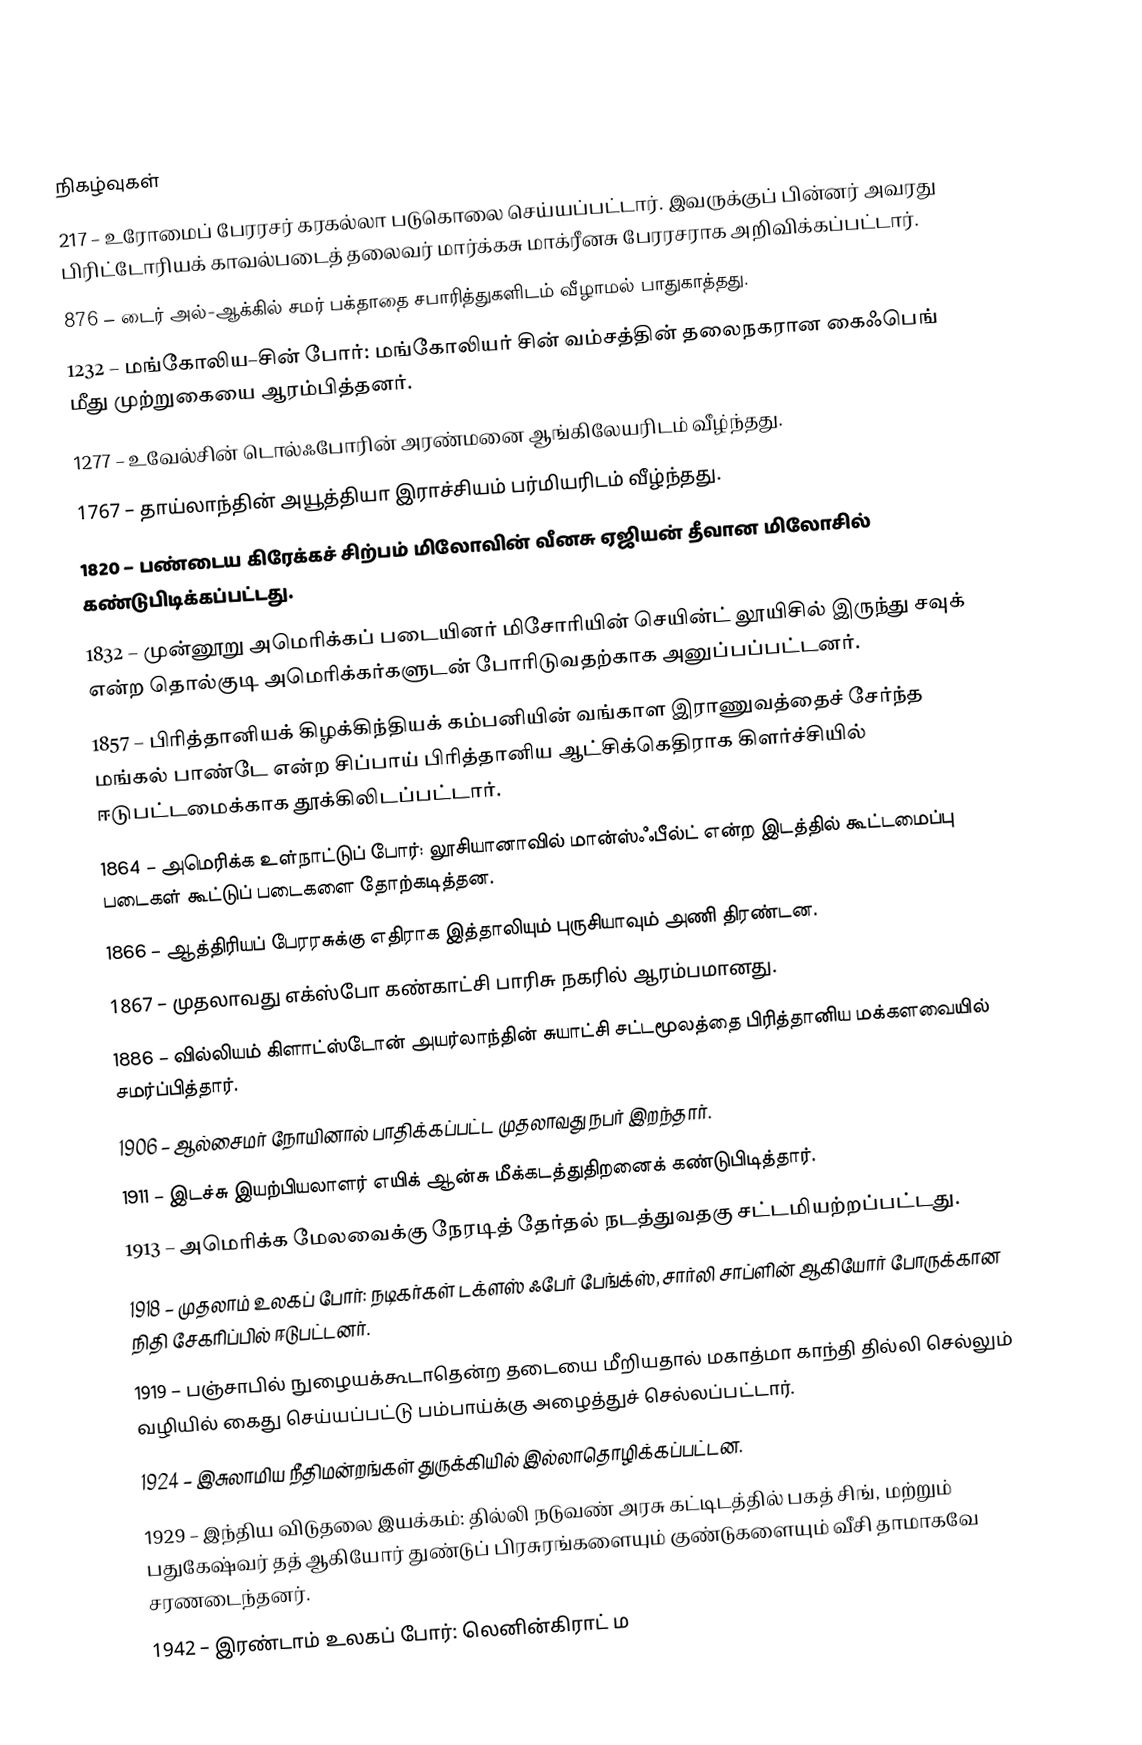

நிகழ்வுகள்
 217 – உரோமைப் பேரரசர் கரகல்லா படுகொலை செய்யப்பட்டார். இவருக்குப் பின்னர் அவரது பிரிட்டோரியக் காவல்படைத் தலைவர் மார்க்கசு மாக்ரீனசு பேரரசராக அறிவிக்கப்பட்டார்.
 876 – டைர் அல்-ஆக்கில் சமர் பக்தாதை சபாரித்துகளிடம் வீழாமல் பாதுகாத்தது.
1232 – மங்கோலிய–சின் போர்: மங்கோலியர் சின் வம்சத்தின் தலைநகரான கைஃபெங் மீது முற்றுகையை ஆரம்பித்தனர்.
1277 – உவேல்சின் டொல்ஃபோரின் அரண்மனை ஆங்கிலேயரிடம் வீழ்ந்தது.
1767 – தாய்லாந்தின் அயூத்தியா இராச்சியம் பர்மியரிடம் வீழ்ந்தது.
1820 – பண்டைய கிரேக்கச் சிற்பம் மிலோவின் வீனசு ஏஜியன் தீவான மிலோசில் கண்டுபிடிக்கப்பட்டது.
1832 – முன்னூறு அமெரிக்கப் படையினர் மிசோரியின் செயின்ட் லூயிசில் இருந்து சவுக் என்ற தொல்குடி அமெரிக்கர்களுடன் போரிடுவதற்காக அனுப்பப்பட்டனர்.
1857 – பிரித்தானியக் கிழக்கிந்தியக் கம்பனியின் வங்காள இராணுவத்தைச் சேர்ந்த மங்கல் பாண்டே என்ற சிப்பாய் பிரித்தானிய ஆட்சிக்கெதிராக கிளர்ச்சியில் ஈடுபட்டமைக்காக தூக்கிலிடப்பட்டார்.
1864 – அமெரிக்க உள்நாட்டுப் போர்: லூசியானாவில் மான்ஸ்ஃபீல்ட் என்ற இடத்தில் கூட்டமைப்பு படைகள் கூட்டுப் படைகளை தோற்கடித்தன.
1866 – ஆத்திரியப் பேரரசுக்கு எதிராக இத்தாலியும் புருசியாவும் அணி திரண்டன.
1867 – முதலாவது எக்ஸ்போ கண்காட்சி பாரிசு நகரில் ஆரம்பமானது.
1886 – வில்லியம் கிளாட்ஸ்டோன் அயர்லாந்தின் சுயாட்சி சட்டமூலத்தை பிரித்தானிய மக்களவையில் சமர்ப்பித்தார்.
1906 – ஆல்சைமர் நோயினால் பாதிக்கப்பட்ட முதலாவது நபர் இறந்தார்.
1911 – இடச்சு இயற்பியலாளர் எயிக் ஆன்சு மீக்கடத்துதிறனைக் கண்டுபிடித்தார்.
1913 – அமெரிக்க மேலவைக்கு நேரடித் தேர்தல் நடத்துவதகு சட்டமியற்றப்பட்டது.
1918 – முதலாம் உலகப் போர்: நடிகர்கள் டக்ளஸ் ஃபேர் பேங்க்ஸ், சார்லி சாப்ளின் ஆகியோர் போருக்கான நிதி சேகரிப்பில் ஈடுபட்டனர்.
1919 – பஞ்சாபில் நுழையக்கூடாதென்ற தடையை மீறியதால் மகாத்மா காந்தி தில்லி செல்லும் வழியில் கைது செய்யப்பட்டு பம்பாய்க்கு அழைத்துச் செல்லப்பட்டார்.
1924 – இசுலாமிய நீதிமன்றங்கள் துருக்கியில் இல்லாதொழிக்கப்பட்டன.
1929 – இந்திய விடுதலை இயக்கம்: தில்லி நடுவண் அரசு கட்டிடத்தில் பகத் சிங், மற்றும் பதுகேஷ்வர் தத் ஆகியோர் துண்டுப் பிரசுரங்களையும் குண்டுகளையும் வீசி தாமாகவே சரணடைந்தனர்.
1942 – இரண்டாம் உலகப் போர்: லெனின்கிராட் ம